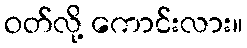
ဝတ်လို့ ကောင်းလား။